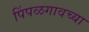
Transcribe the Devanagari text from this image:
पिंपळगावच्या